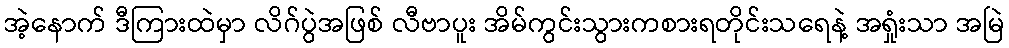
အဲ့နောက် ဒီကြားထဲမှာ လိဂ်ပွဲအဖြစ် လီဗာပူး အိမ်ကွင်းသွားကစားရတိုင်းသရေနဲ့ အရှုံးသာ အမြဲ